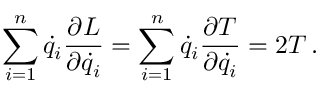
\sum _ { i = 1 } ^ { n } { \dot { q } } _ { i } { \frac { \partial L } { \partial { \dot { q } } _ { i } } } = \sum _ { i = 1 } ^ { n } { \dot { q } } _ { i } { \frac { \partial T } { \partial { \dot { q } } _ { i } } } = 2 T \, .